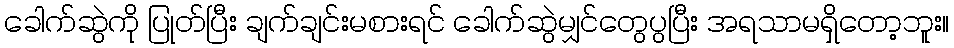
ခေါက်ဆွဲကို ပြုတ်ပြီး ချက်ချင်းမစားရင် ခေါက်ဆွဲမျှင်တွေပွပြီး အရသာမရှိတော့ဘူး။